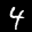
Label: 4